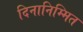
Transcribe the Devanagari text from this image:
दिनानिम्मित